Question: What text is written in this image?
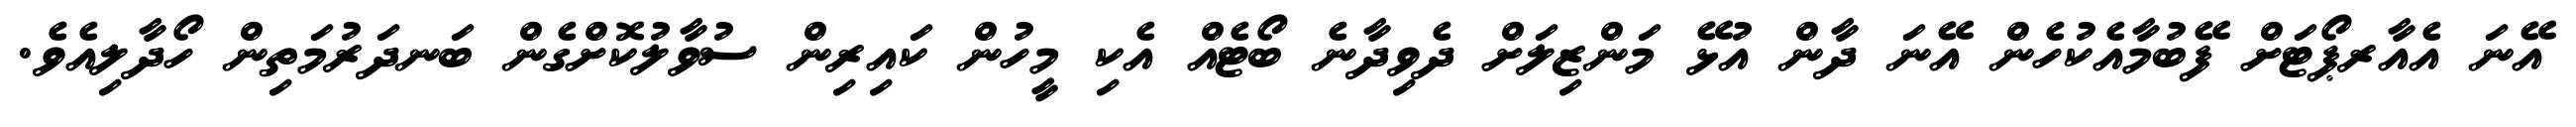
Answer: އޭނަ އެއާރޕޯޓަށް ފޭބުމާއެކުހެން އޭނަ ދާން އުޅޭ މަންޒިލަށް ދެވިދާނެ ބޯޓެއް އެކި މީހުން ކައިރިން ސުވާލުކޮށްގެން ބަނދަރުމަތިން ހޯދާލިއެވެ.